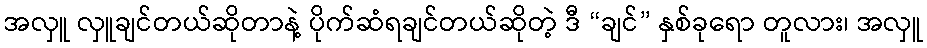
အလှူ လှူချင်တယ်ဆိုတာနဲ့ ပိုက်ဆံရချင်တယ်ဆိုတဲ့ ဒီ “ချင်” နှစ်ခုရော တူလား၊ အလှူ